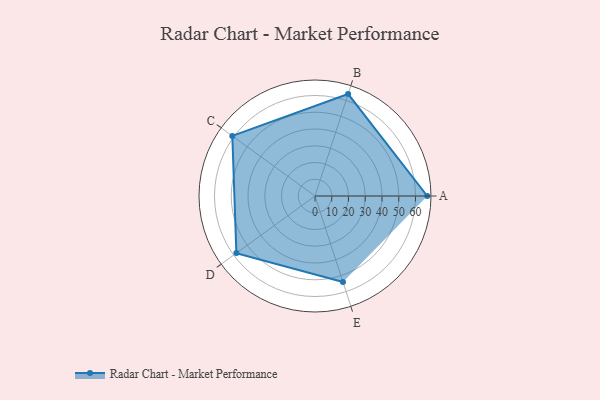
{"axis": {"x": "Skill", "y": "Score"}, "legend": ["Profile"], "data": [{"x": "A", "y": 67.0, "type": "Profile"}, {"x": "B", "y": 64.0, "type": "Profile"}, {"x": "C", "y": 61.0, "type": "Profile"}, {"x": "D", "y": 58.0, "type": "Profile"}, {"x": "E", "y": 54.0, "type": "Profile"}]}